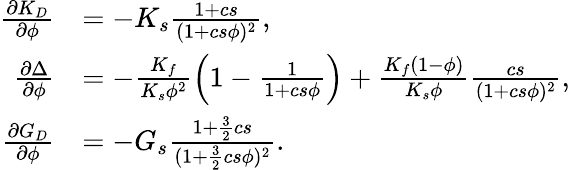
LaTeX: \begin{array}{r}{\begin{array}{rl}{\frac{\partial K_{D}}{\partial\phi}}&{=-K_{s}\frac{1+cs}{(1+cs\phi)^{2}},}\\ {\frac{\partial\Delta}{\partial\phi}}&{=-\frac{K_{f}}{K_{s}\phi^{2}}\left(1-\frac{1}{1+cs\phi}\right)+\frac{K_{f}(1-\phi)}{K_{s}\phi}\frac{cs}{(1+cs\phi)^{2}},}\\ {\frac{\partial G_{D}}{\partial\phi}}&{=-G_{s}\frac{1+\frac{3}{2}cs}{(1+\frac{3}{2}cs\phi)^{2}}.}\end{array}}\end{array}